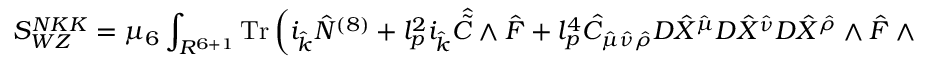
S _ { W Z } ^ { N K K } = \mu _ { 6 } \int _ { R ^ { 6 + 1 } } \mathrm { T r } \left( i _ { \hat { k } } { \hat { N } } ^ { ( 8 ) } + l _ { p } ^ { 2 } i _ { \hat { k } } { \hat { \tilde { C } } } \wedge { \hat { \cal F } } + l _ { p } ^ { 4 } { \hat { C } } _ { { \hat { \mu } } { \hat { \nu } } { \hat { \rho } } } D { \hat { X } } ^ { \hat { \mu } } D { \hat { X } } ^ { \hat { \nu } } D { \hat { X } } ^ { \hat { \rho } } \wedge { \hat { \cal F } } \wedge { \hat { \cal F } } + \dots \right) \, .